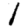
Digit: 1